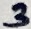
Text: 3